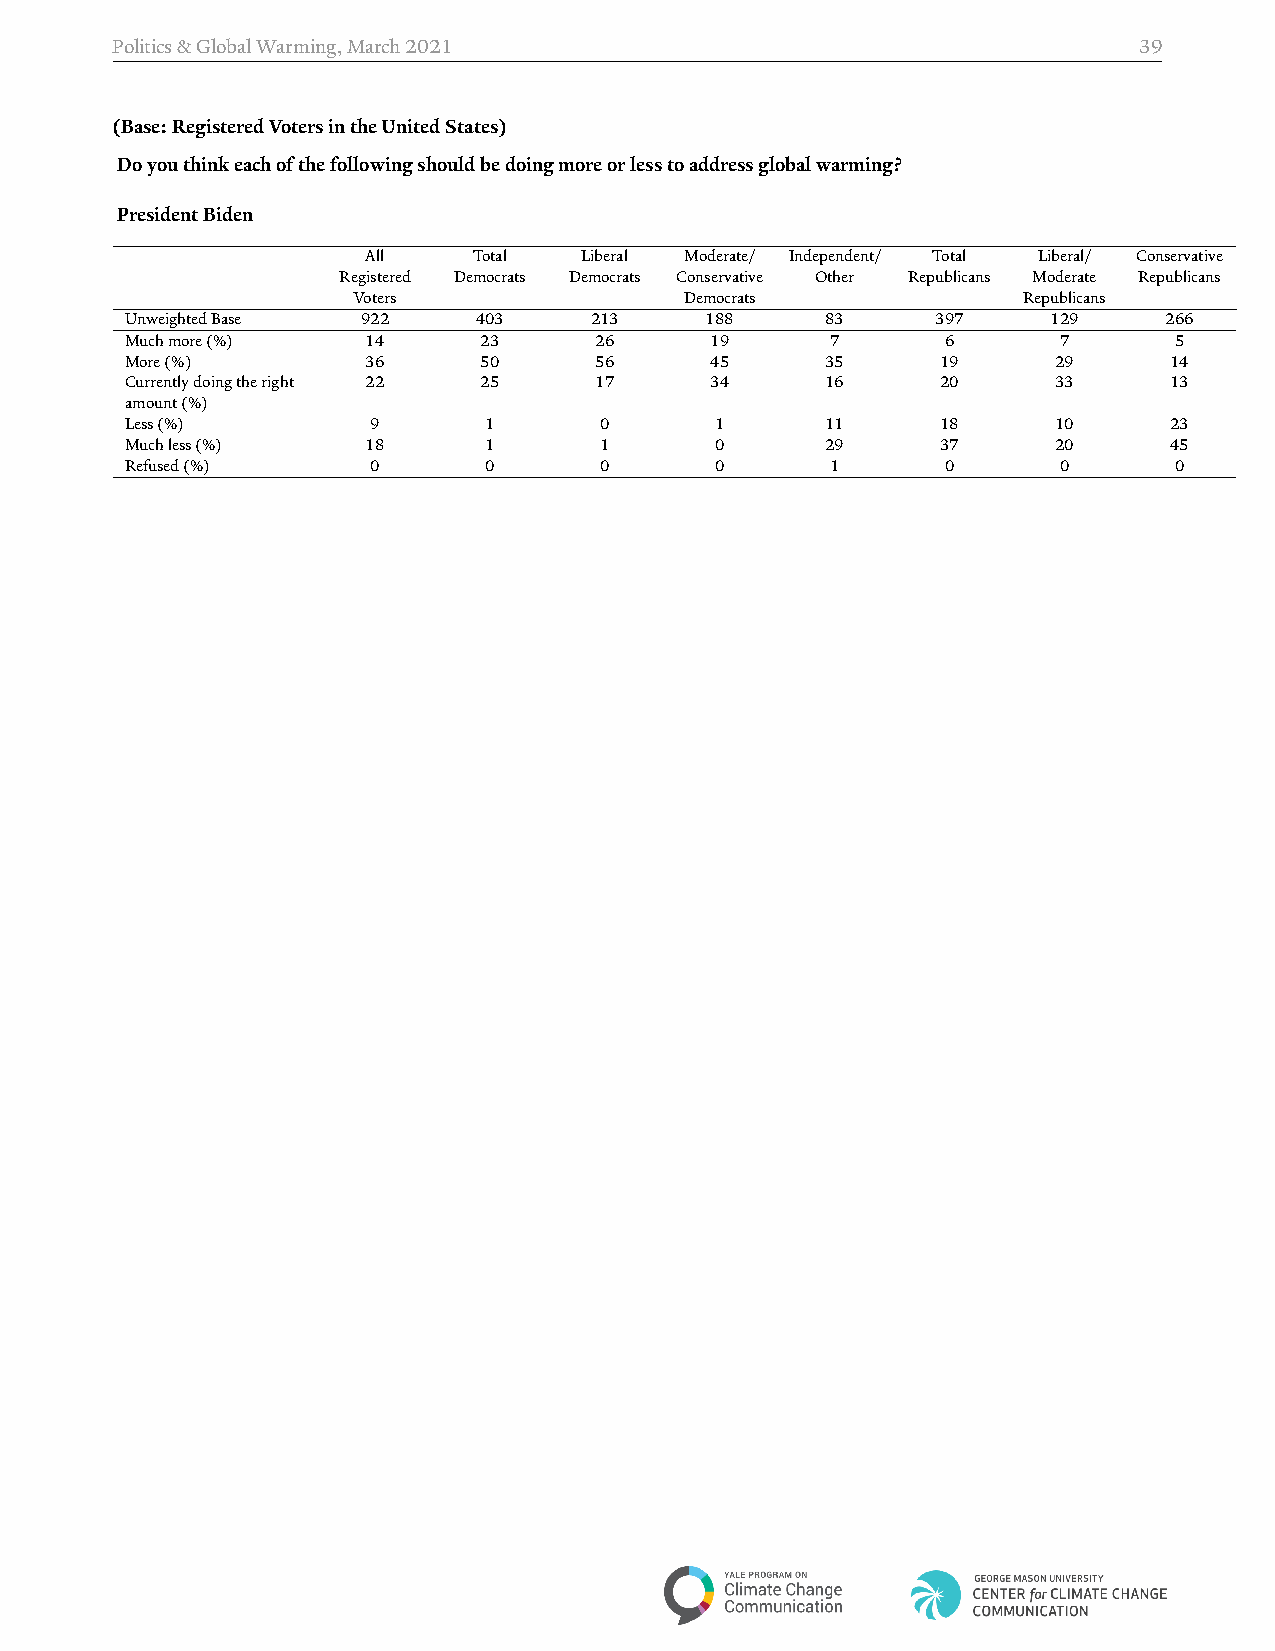
Politics&GlobalWarming,March2021                                    39
 (Base:RegisteredVotersintheUnitedStates)
 Doyouthinkeachofthefollowingshouldbedoingmoreorlesstoaddressglobalwarming?
 PresidentBiden
 All    Total  Liberal Moderate/ Independent/ Total Liberal/ Conservative
 Registered Democrats Democrats Conservative Other Republicans Moderate Republicans
 Voters                Democrats              Republicans
 UnweightedBase  922    403     213     188     83     397     129    266
 Muchmore(%)     14      23     26      19      7       6      7       5
 More(%)         36      50     56      45      35     19      29     14
 Currentlydoingtheright 22 25   17      34      16     20      33     13
 amount(%)
 Less(%)          9      1       0      1       11     18      10     23
 Muchless(%)     18      1       1      0       29     37      20     45
 Refused(%)       0      0       0      0       1       0      0       0